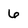
Character: 6